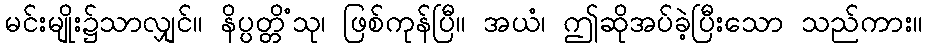
မင်းမျိုး၌သာလျှင်။ နိပ္ပတ္တိံသု၊ ဖြစ်ကုန်ပြီ။ အယံ၊ ဤဆိုအပ်ခဲ့ပြီးသော သည်ကား။